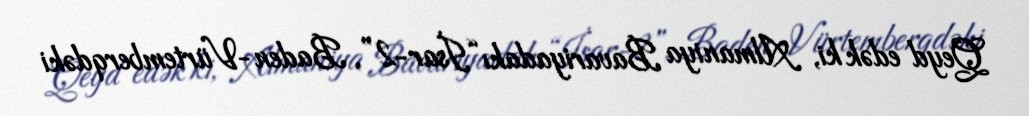
Qeyd edək ki, Almaniya Bavariyadakı “İsar-2”, Baden-Vürtemberqdəki